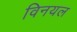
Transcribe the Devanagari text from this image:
विनयल